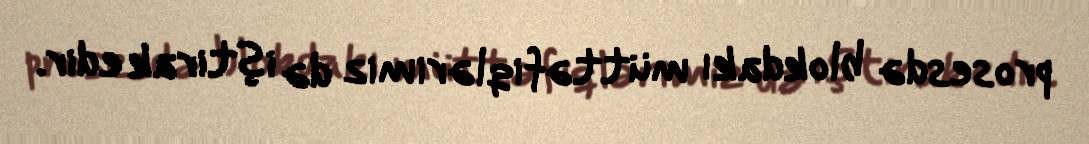
prosesdə blokdakı müttəfiqlərimiz də iştirak edir.